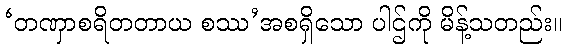
‘တဏှာစရိတတာယ စဿ’အစရှိသော ပါဌ်ကို မိန့်သတည်း။